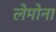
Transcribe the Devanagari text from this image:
लेमोना